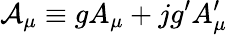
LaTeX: {\cal A}_{\mu}\equiv gA_{\mu}+jg^{\prime}A_{\mu}^{\prime}